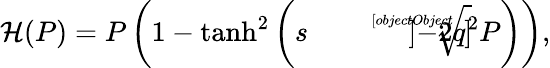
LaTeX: {\cal H}(P)=P\left(1-\operatorname{tanh}^{2}\left(s\sqrt[[objectObject]]]{-2q^{2}P}\right)\right),